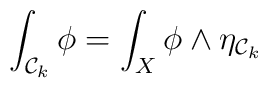
\int_{{\cal{C}}_{k}} \phi = \int_{X} \phi \wedge \eta_{{\cal{C}}_{k}}